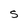
Character: S